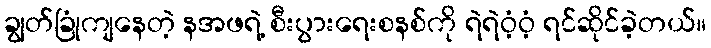
ချွတ်ခြုံကျနေတဲ့ နအဖရဲ့ စီးပွားရေးစနစ်ကို ရဲရဲဝံ့ဝံ့ ရင်ဆိုင်ခဲ့တယ်။